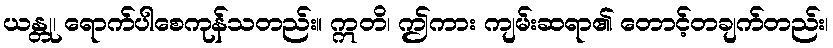
ယန္တု၊ ရောက်ပါစေကုန်သတည်း။ ဣတိ၊ ဤကား ကျမ်းဆရာ၏ တောင့်တချက်တည်း၊